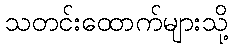
သတင်းထောက်များသို့